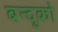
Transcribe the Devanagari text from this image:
बन्दुको